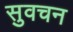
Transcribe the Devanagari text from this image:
सुवचन